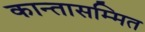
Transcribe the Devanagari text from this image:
कान्तासम्मित